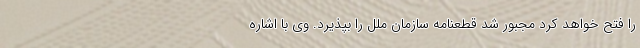
را فتح خواهد کرد مجبور شد قطعنامه سازمان ملل را بپذیرد. وی با اشاره